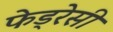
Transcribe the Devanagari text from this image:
फेड्रेसी